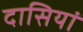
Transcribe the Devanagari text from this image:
दासियां